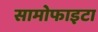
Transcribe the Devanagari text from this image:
सामोफाइटा